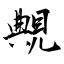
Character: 覥